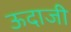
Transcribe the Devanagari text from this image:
ऊदाजी